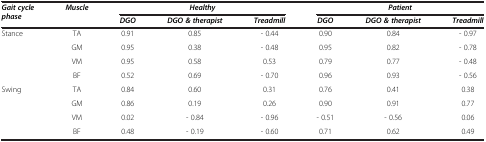
| <ROWSPAN=2> Gait cycle phase | <ROWSPAN=2> Muscle | <COLSPAN=3> Healthy | <COLSPAN=3> Patient |
 | DGO | DGO & therapist | Treadmill | DGO | DGO & therapist | Treadmill |
 | --- | --- | --- | --- | --- | --- | --- | --- |
 | <ROWSPAN=4> Stance | TA | 0.91 | 0.85 | - 0.44 | 0.90 | 0.84 | - 0.97 |
 | GM | 0.95 | 0.38 | - 0.48 | 0.95 | 0.82 | - 0.78 |
 | VM | 0.95 | 0.58 | 0.53 | 0.79 | 0.77 | - 0.48 |
 | BF | 0.52 | 0.69 | - 0.70 | 0.96 | 0.93 | - 0.56 |
 | <ROWSPAN=4> Swing | TA | 0.84 | 0.60 | 0.31 | 0.76 | 0.41 | 0.38 |
 | GM | 0.86 | 0.19 | 0.26 | 0.90 | 0.91 | 0.77 |
 | VM | 0.02 | - 0.84 | - 0.96 | - 0.51 | - 0.56 | 0.06 |
 | BF | 0.48 | - 0.19 | - 0.60 | 0.71 | 0.62 | 0.49 |